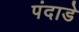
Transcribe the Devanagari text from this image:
पंदाडे